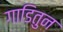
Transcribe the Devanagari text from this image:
गाडितुन